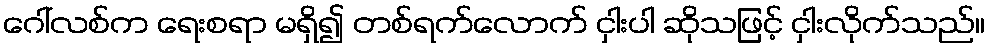
ဂေါ်လစ်က ရေးစရာ မရှိ၍ တစ်ရက်လောက် ငှါးပါ ဆိုသဖြင့် ငှါးလိုက်သည်။